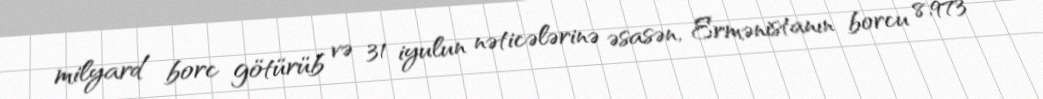
milyard borc götürüb və 31 iyulun nəticələrinə əsasən, Ermənistanın borcu 8,973